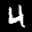
Label: 4